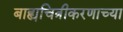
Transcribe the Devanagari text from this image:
बाह्यचित्रीकरणाच्या